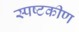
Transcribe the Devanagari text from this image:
स्पष्टकीण